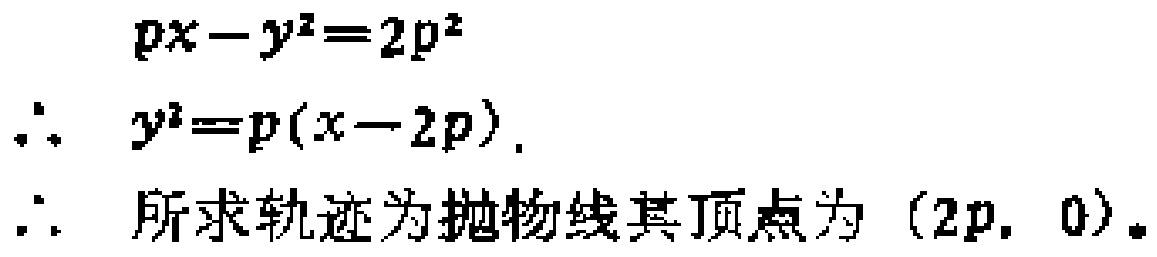
\[
\begin{align*}
px - y^{2}&=2p^{2}\\
\therefore\ y^{2}&=p(x - 2p).\\
\therefore\ &所求轨迹为抛物线其顶点为\ (2p,\ 0)。
\end{align*}
\]